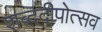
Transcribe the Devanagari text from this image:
शब्ददीपोत्सव